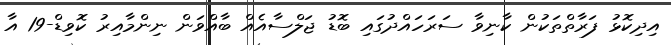
އިދިކޮޅު ފަރާތްތަކުން ކާނިވާ ސަރަހައްދުގައި ބޮޑު ޖަލްސާއެއް ބާއްވަން ނިންމާއިރު ކޮވިޑް-19 އާ